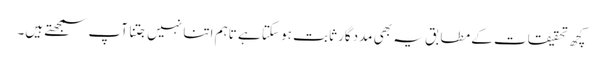
کچھ تحقیقات کے مطابق یہ بھی مددگار ثابت ہو سکتا ہے تاہم اتنا نہیں جتنا آپ سمجھتے ہیں۔